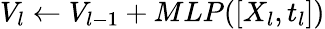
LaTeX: V_{l}\gets V_{l-1}+MLP(\left[X_{l},t_{l}\right])